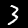
Label: 3